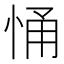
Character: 悀